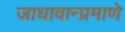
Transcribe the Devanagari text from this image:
जाधावान्प्रमाणे